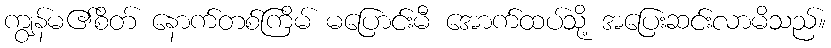
ကျွန်မ၏စိတ် နောက်တစ်ကြိမ် မပြောင်းမီ အောက်ထပ်သို့ အပြေးဆင်းလာမိသည်။